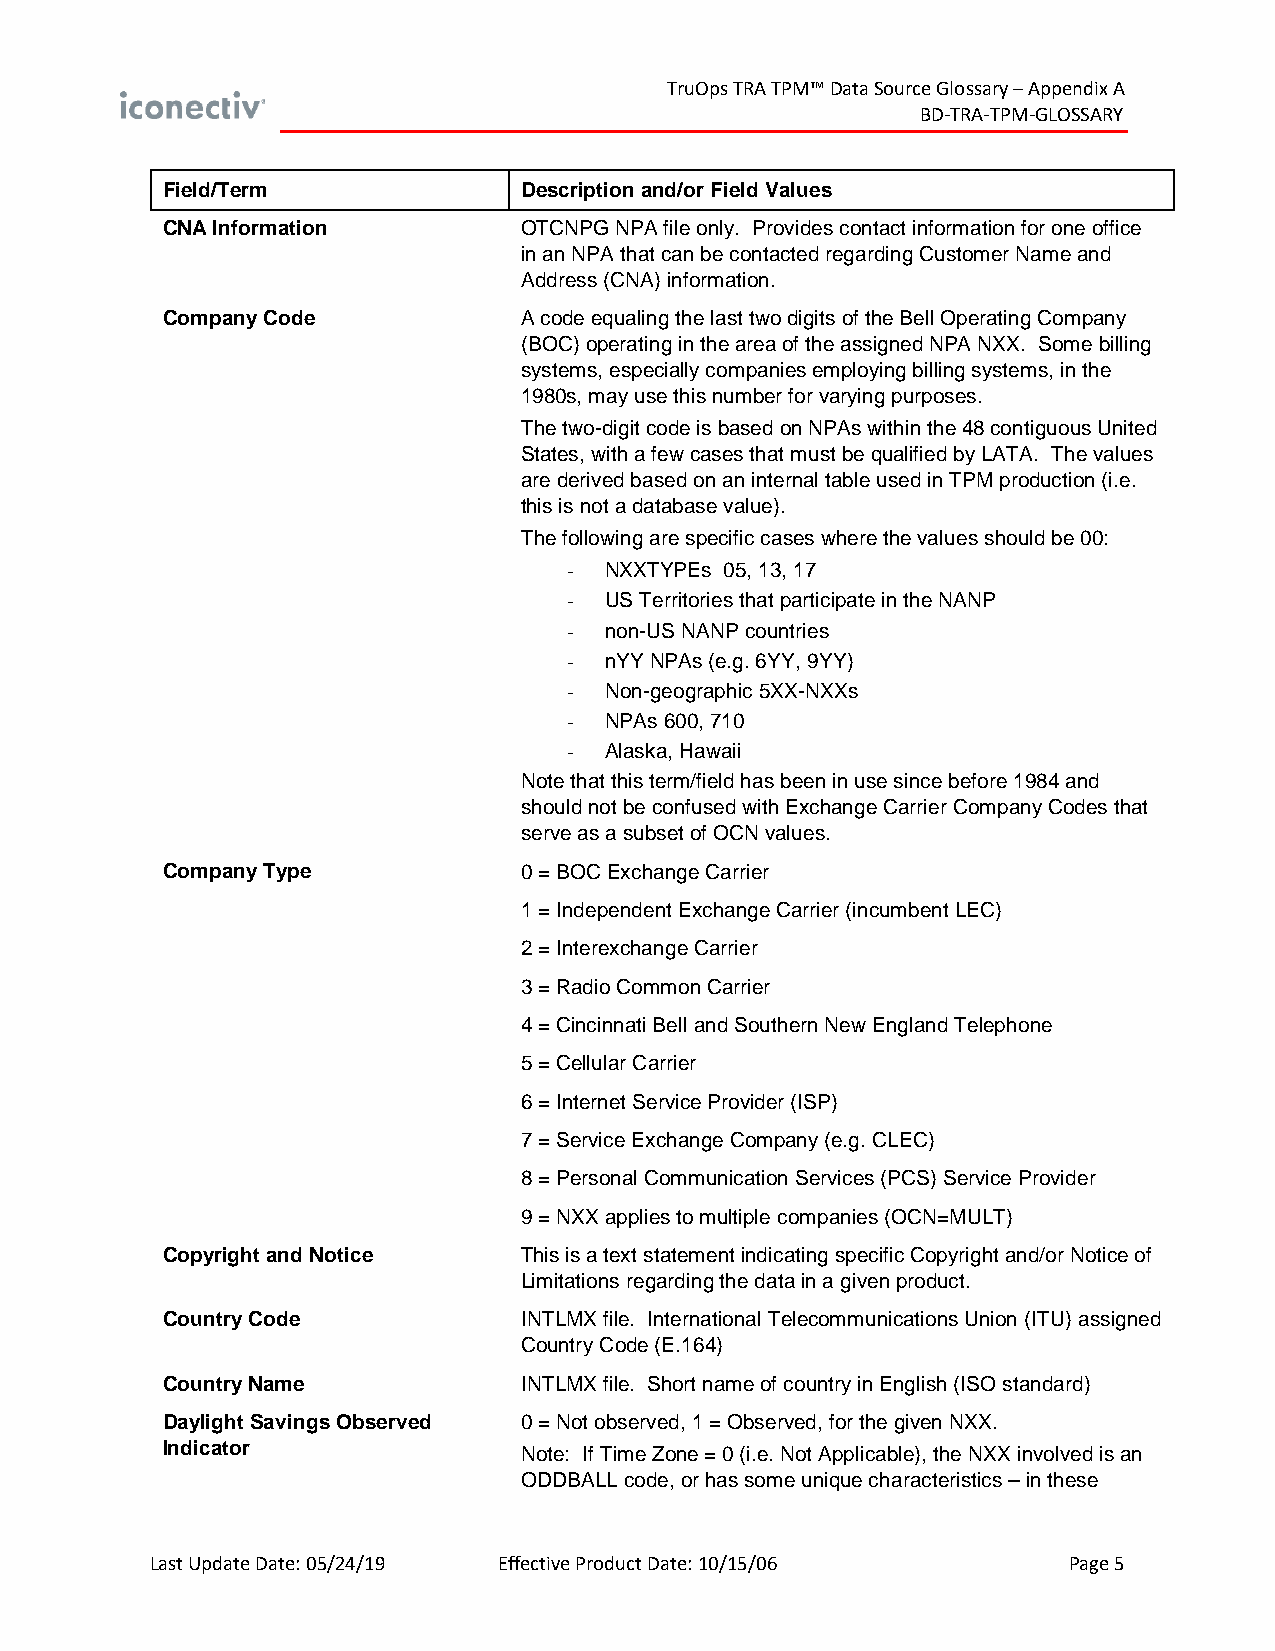
TruOps TRA TPM™ Data Source Glossary – Appendix A
 BD-TRA-TPM-GLOSSARY
 Field/Term             Description and/or Field Values
 CNA Information        OTCNPG NPA file only. Provides contact information for one office
 in an NPA that can be contacted regarding Customer Name and
 Address (CNA) information.
 Company Code           A code equaling the last two digits of the Bell Operating Company
 (BOC) operating in the area of the assigned NPA NXX. Some billing
 systems, especially companies employing billing systems, in the
 1980s, may use this number for varying purposes.
 The two-digit code is based on NPAs within the 48 contiguous United
 States, with a few cases that must be qualified by LATA. The values
 are derived based on an internal table used in TPM production (i.e.
 this is not a database value).
 The following are specific cases where the values should be 00:
 - NXXTYPEs 05, 13, 17
 - US Territories that participate in the NANP
 - non-US NANP countries
 - nYY NPAs (e.g. 6YY, 9YY)
 - Non-geographic 5XX-NXXs
 - NPAs 600, 710
 - Alaska, Hawaii
 Note that this term/field has been in use since before 1984 and
 should not be confused with Exchange Carrier Company Codes that
 serve as a subset of OCN values.
 Company Type           0 = BOC Exchange Carrier
 1 = Independent Exchange Carrier (incumbent LEC)
 2 = Interexchange Carrier
 3 = Radio Common Carrier
 4 = Cincinnati Bell and Southern New England Telephone
 5 = Cellular Carrier
 6 = Internet Service Provider (ISP)
 7 = Service Exchange Company (e.g. CLEC)
 8 = Personal Communication Services (PCS) Service Provider
 9 = NXX applies to multiple companies (OCN=MULT)
 Copyright and Notice   This is a text statement indicating specific Copyright and/or Notice of
 Limitations regarding the data in a given product.
 Country Code           INTLMX file. International Telecommunications Union (ITU) assigned
 Country Code (E.164)
 Country Name           INTLMX file. Short name of country in English (ISO standard)
 Daylight Savings Observed 0 = Not observed, 1 = Observed, for the given NXX.
 Indicator              Note: If Time Zone = 0 (i.e. Not Applicable), the NXX involved is an
 ODDBALL code, or has some unique characteristics – in these
 Last Update Date: 05/24/19 Effective Product Date: 10/15/06  Page 5